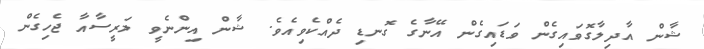
ޝާން އާދިލާގޮވައިގެން ވަޑައިގެން އޭނާގެ ގޮނޑި ދެއްކެވިއެވެ. ޝާން އިންނެވީ ލަރީސާއާ ޖެހިގެން